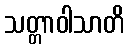
သတ္တာဝါသာတိ